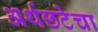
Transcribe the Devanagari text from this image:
अर्थछटेचा